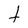
Character: t